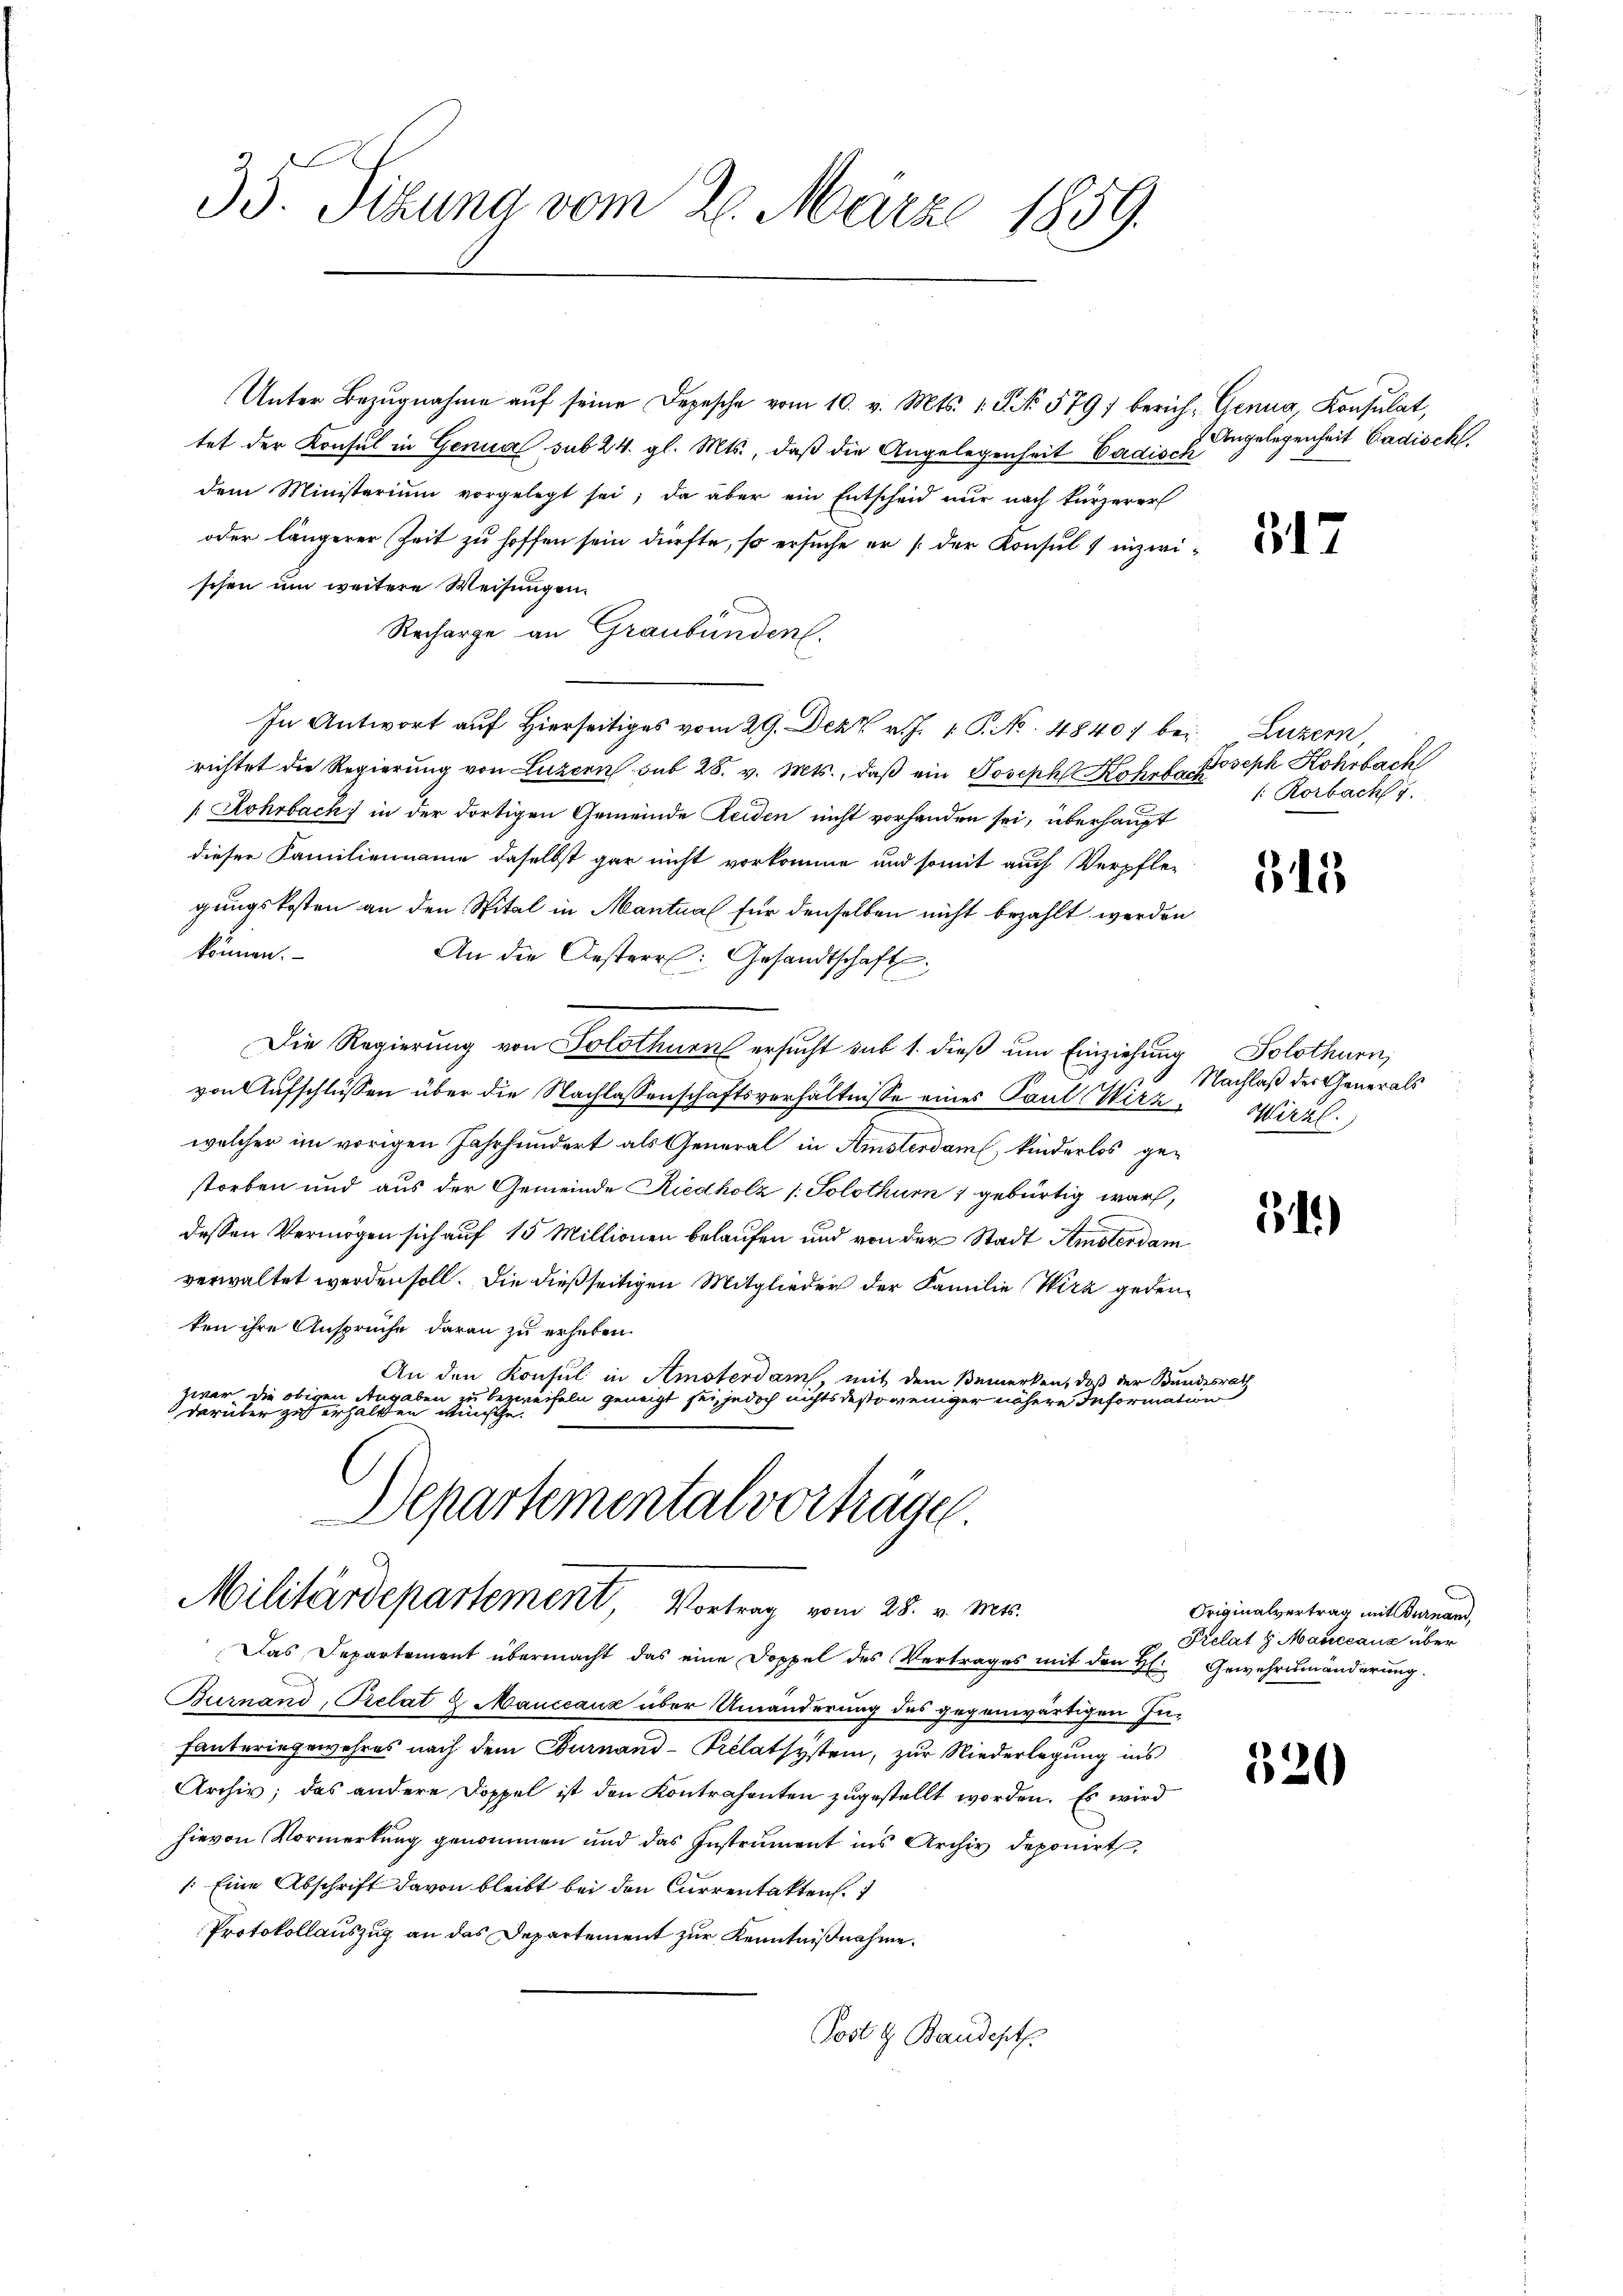
35. Sitzung vom 26. März 1859.

Unter Bezŭgnahme aŭf seine Depesche vom 10. v. Mts. 1. P. No. 579) berich: Genua, Konsulat,
tet der Konsul in Genua sub 24. gl. Mts., daß die Angelegenheit Badisch
dem Ministerium vorgelegt sei; da aber ein Entscheid nur nach kürzerer
oder längerer Zeit zu hoffen sein dürfte, so ersuche er [der Konsul 1 inzwischen um weitere Weisungen.
Recharge an Graubünden.
In Antwort auf hierseitiges vom 29. Dez. v. J. P. Nr. 48407 bei Luzern,
richtet die Regierŭng von Luzern sub 28. v. Mts., daβ ein Joseph Rohrback
Rohrbach, in der dortigen Gemeinde Leiden nicht vorhanden sei, überhaupt
dieser Familienname daselbst gar nicht vorkomme und somit auch Verpflegungskosten an den Spital in Mantual für denselben nicht bezahlt werden
können.
An die Aesterr. Gesandtschaft
Die Regierung von Solothurn ersucht sub 1. dieß um Einziehung Solothurn,
von Aufschlüssen über die Nachlassenschaftsverhältnisse eines Paul Wirz, Wirzl.
welcher im vorigen Jahrhundert als General in Amsterdam, kinderlos gestorben und aus der Gemeinde Riedholz /: Solothur 1 gebürtig warf,
dessen Vermögen sich auf 15 Millionen belaufen und von der Stadt Amsterdam
verwaltet werden soll. Die dießseitigen Mitglieder der Familie Wirz gedenten ihre Ansprüche daran zu erheben.
An den Konsul in Amsterdam, mit dem Bemerken, daß der Bundesrath
zwar die obigen Angaben zu bezweifeln geneigt sei, jedoch nichts desto weniger nähere Information
darüber zu erhältten Minische
Departemental vorträge

Militärdepartement Vortrag vom 28. v. Mts.

Das Departement übermacht das eine Doppel des Vertrages mit den H. Gewehrsmänderung.
Burnand, Prelat 2 Manccauz über Umänderung des gegenwärtigen In-
fanteringewehres nach dem Turnand-Prélatsystem, zur Niederlegung ins
Archiv, das andere Doppel ist den Kontrahenten zugestellt worden. Es wird
hievon Vormerkung genommen und das Instrument ins Archiv deponirt
: Eine Abschrift davon bleibt bei den Currentakten.
Protokollauszug an das Departement zur Kenntnißnahme.
Post 4 Baudept.

Angelegenheit Badisch.

317

Joseph Kohrbach
: Rorbach 7.

15

Nachlaß der Generals

34)

Originalvertrag mit Bernand,
Prelat 8 Manccauz über

320